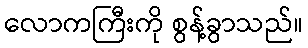
လောကကြီးကို စွန့်ခွာသည်။